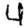
Digit: 4